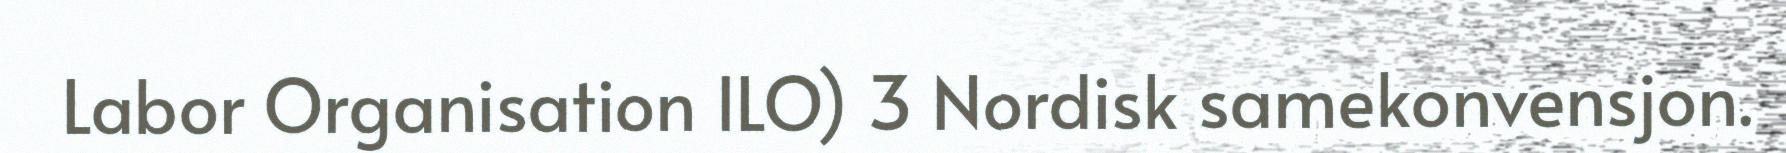
Labor Organisation ILO) 3 Nordisk samekonvensjon.